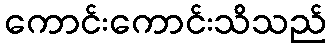
ကောင်းကောင်းသိသည်